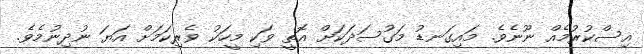
އިސްކުރުމެއް ނޫނެވެ. މައިގަނޑު މަގުސަދަކަށް އޮތީ ވަކި މީހަކު ވެރިކަމަށް އަޔަ ނުދިނުމެވެ.